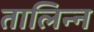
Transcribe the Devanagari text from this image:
तालिन्न